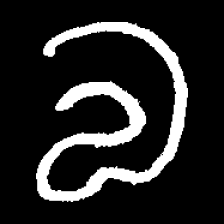
Pyu character \u2014 Myanmar letter: လ (romanized: la)